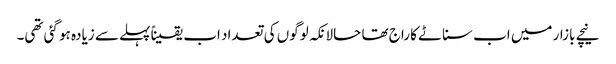
نیچے بازار میں اب سناٹے کا راج تھا حالانکہ لوگوں کی تعداد اب یقیناً پہلے سے زیادہ ہو گئی تھی۔